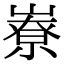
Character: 嶚